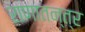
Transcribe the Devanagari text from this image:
राणातन्त्र